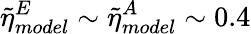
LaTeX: \tilde{\eta}_{model}^{E}\sim\tilde{\eta}_{model}^{A}\sim 0.4